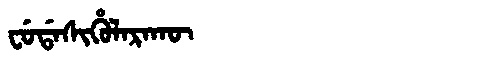
Manchu: ᠸᡠᡩᠠᠰᡳᡥᡠᠯᠠᡵᠠᡴᡡ
Romanization: FUDASIHULARAKŪ